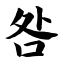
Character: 咎